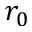
r _ { 0 }